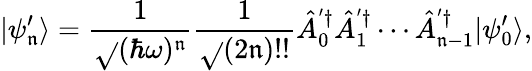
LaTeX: |\psi_{\mathfrak{n}}^{\prime}\rangle=\frac{{1}}{{\sqrt{}{{(\hbar\omega}})^{\mathfrak{n}}}}\frac{{1}}{{\sqrt{}{{(2\mathfrak{n})!!}}}}\hat{{A}}_{0}^{'\dagger}\hat{{A}}_{1}^{'\dagger}\cdots\hat{{A}}_{\mathfrak{n}-1}^{'\dagger}|\psi_{0}^{\prime}\rangle,